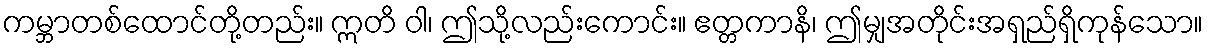
ကမ္ဘာတစ်ထောင်တို့တည်း။ ဣတိ ဝါ၊ ဤသို့လည်းကောင်း။ ဧတ္တကာနိ၊ ဤမျှအတိုင်းအရှည်ရှိကုန်သော။